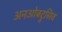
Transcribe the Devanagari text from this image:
अनओबट्रुसिव